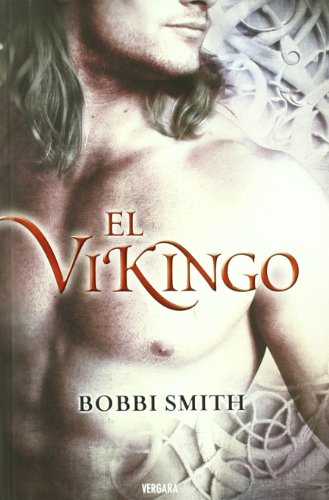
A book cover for El vikingo (Spanish Edition); Bobbi Smith; Romance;